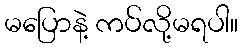
မပြောနဲ့ ကပ်လို့မရပါ။